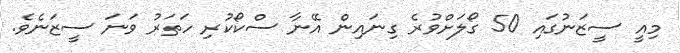
މިއީ ސީޒަނުގައި 50 ގޯލަށްވުރެ ގިނައިން އޭނާ ސްކޯކުރި ހަތަރު ވަނަ ސީޒަނެވެ.